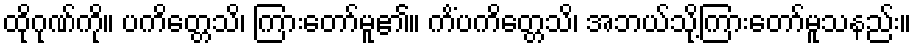
ထိုဂုဏ်ကို။ ပကိတ္တေသိ၊ ကြားတော်မူ၏။ ကိံပကိတ္တေသိ၊ အဘယ်သို့ကြားတော်မူသနည်း။